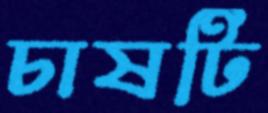
চাষটি